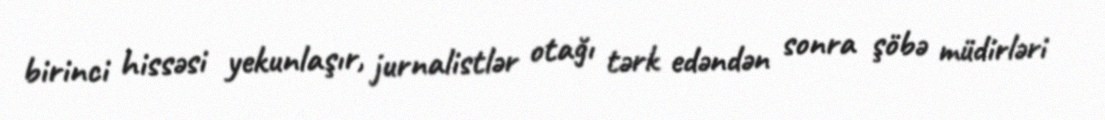
birinci hissəsi yekunlaşır, jurnalistlər otağı tərk edəndən sonra şöbə müdirləri